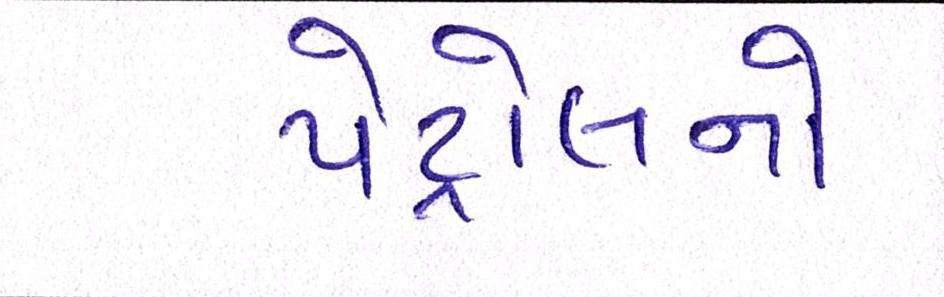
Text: પેટ્રોલનો